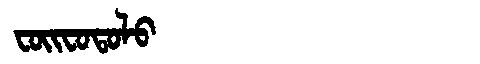
Manchu: ᠸᠣᡳᠸᠣᡨᠣᠯᠣ
Romanization: FOIFOTOLO